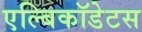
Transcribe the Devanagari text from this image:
एल्बिकॉडेटस